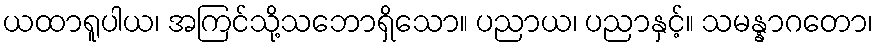
ယထာရူပါယ၊ အကြင်သို့သဘောရှိသော။ ပညာယ၊ ပညာနှင့်။ သမန္နာဂတော၊